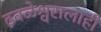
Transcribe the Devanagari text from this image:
ढवळेश्वरालाही